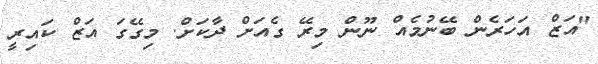
"އަޒް އަހަރެން ބޭނުމެއް ނޫން މިރޭ ގެއަށް ދާކަށް. މިގޭގަ އަޒް ކައިރީ